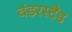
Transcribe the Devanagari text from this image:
वंडरस्टैंड